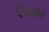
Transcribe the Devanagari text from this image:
जिह्वका